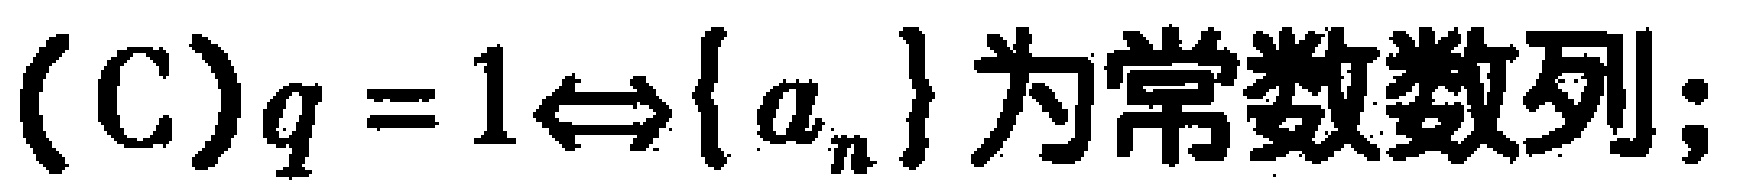
(C)$q = 1\Leftrightarrow\{ a_{n}\} 为常数数列;$